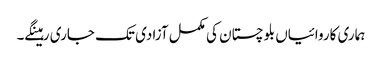
ہماری کاروائیاں بلوچستان کی مکمل آزادی تک جاری رہینگے۔